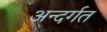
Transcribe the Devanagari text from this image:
अन्दर्गत